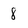
Character: 8